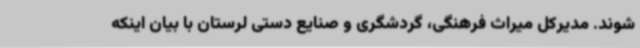
شوند. مدیرکل میراث فرهنگی، گردشگری و صنایع دستی لرستان با بیان اینکه